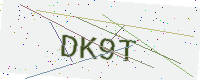
Text: DK9T